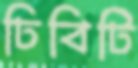
ঢিবিটি